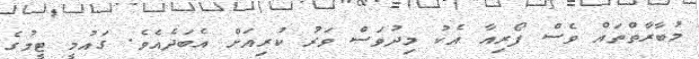
މުބާރާތްތައް ވެސް ފޯރިއާ އެކު މިދުވަސް ވަރު ކުރިއަށް އެބަދެއެވެ. ގައުމީ ޓީމުގެ